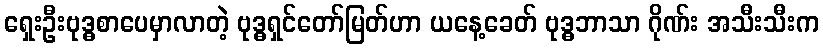
ရှေးဦးဗုဒ္ဓစာပေမှာလာတဲ့ ဗုဒ္ဓရှင်တော်မြတ်ဟာ ယနေ့ခေတ် ဗုဒ္ဓဘာသာ ဂိုဏ်း အသီးသီးက